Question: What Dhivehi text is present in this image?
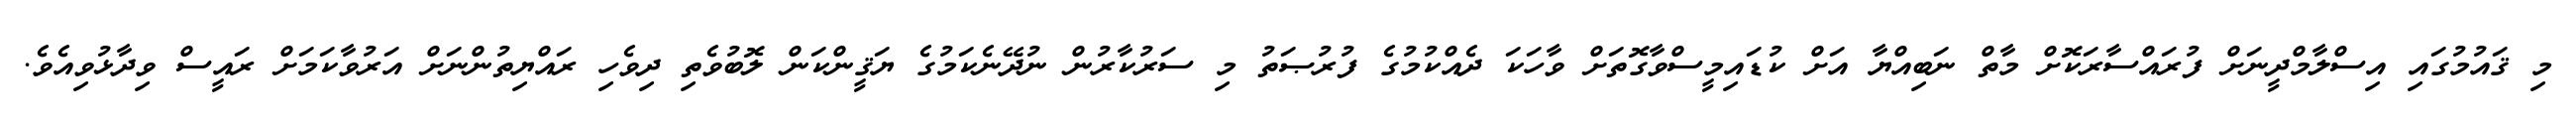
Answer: މި ޤައުމުގައި އިސްލާމްދީނަށް ފުރައްސާރަކޮށް މާތް ނަބިއްޔާ އަށް ކުޑައިމީސްވާގޮތަށް ވާހަކަ ދެއްކުމުގެ ފުރުޞަތު މި ސަރުކާރުން ނުދޭނެކަމުގެ ޔަޤީންކަން ލޮބުވެތި ދިވެހި ރައްޔިތުންނަށް އަރުވާކަމަށް ރައީސް ވިދާޅުވިއެވެ.